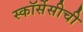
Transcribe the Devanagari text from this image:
स्कॉर्सेसीची